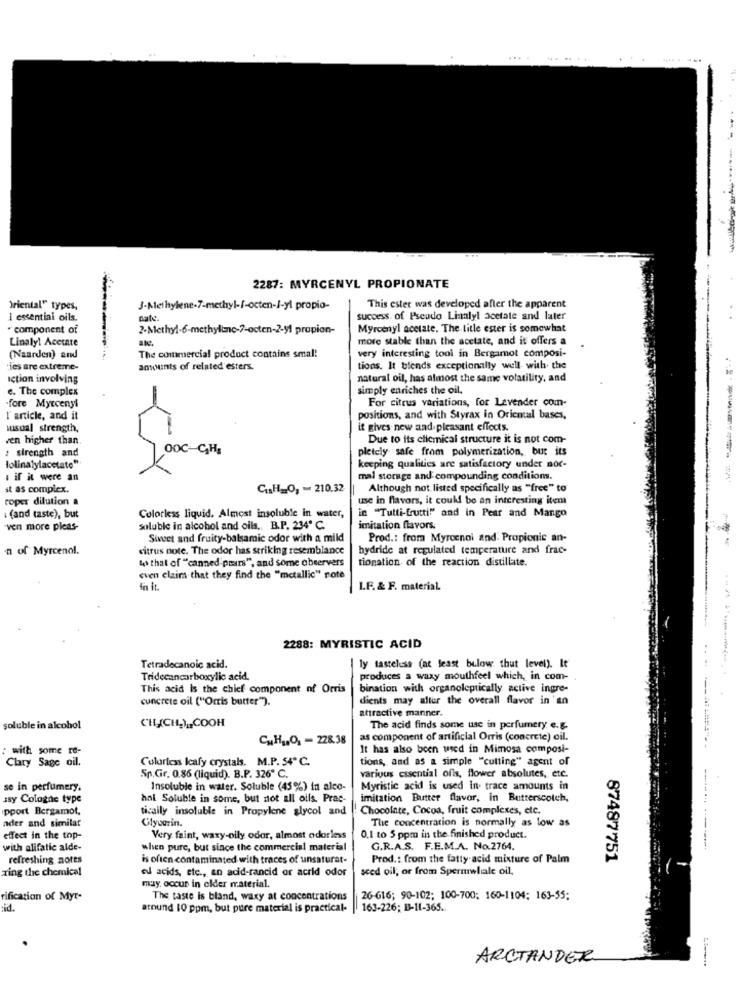
2287: MYRCENYL PROPIONATE
Oriental" types,
3-Methylene-7-methyl-/-octen-I-yl propio-
This ester was developed after the apparent
I essential oils.
sate.
success of Pseudo Linalyl acetate and later
· component of
2-Methyl-6-methylinc-7-octen-2-y1 propion-
Myrcenyl acetate. The title ester is somewhat
Linaly! Aceite
more stable than the acetate, and it offers a
(Naarden) and
...
The commercial product contains smal!
very interesting tool in Bergamot composi-
les are extreme-
amounts of related esters.
tions. It blends exceptionally well with the
Iction involving
natural oil, has almost the same volatility, and
e. The complex
simply enriches the oil.
For citrus variations, for Levender com-
fore Myecenyl
I article, and it
positions, and with Styrax in Oriental bases,
wusual strength,
it gives new and pleasant effects.
ven higher than
Due to its clicmical structure it is not com-
: strength and
00C-CH,
pletely safe from polymerization, but its
lolinalylacetate"
keeping qualities are satisfactory under nor-
I if it were an
mal storage and compounding conditions.
st as complex.
C.H_O, - 210.32
Although not listed specifically as "free" to
roper dilution a
use in flavors, it could be an interesting item
in "Tutti-frutti"" and in Pear and Mango
i (and taste), but
Colorless liquid. Almost insoluble in water,
ven more pleas-
Soluble in alcohol and oils. B.P. 234º C.
imitation flavors.
Sivet and fruity-balsamic odor with a mild
Prod .: from Myrccnoi and: Propionic an-
n of Myrcenol.
citrus note. The odor has striking resemblance
hydride at regulated temperature and frac-
ts that of "canned pears", and some abeervers
tionation of the reaction distillate.
sven claims that they find the "metallic" rote
in it.
I.F. & F. material
2288: MYRISTIC ACID
Tetradecanoic acid.
ly tasteless (at least below thut level). It
Tridecancarboxylic acid.
produces a waxy mouthfeel which, in com-
This acid Is the chief component of Orris
bination with organoleptically active ingre-
concrete oil ("Orris butter").
dients may aller the overall flavor in 'an
attractive manner.
soluble in alcohol
CHICH2),COOH
The acid finds some use in perfumery e.g.
CuHIJO, - 228.38
as component of artificial Orris (concrete) oil.
It has also been used in Mimosa composi-
: with some re-
Clary Sage oil.
Culartess Icafy crystals. M.P. 54º C.
tions, and as a simple "cutting" agent of
various essential oils, flower absolutes, etc.
Sp.Gir. 0.86 (liquid). B.P. 326º C.
se in perfumery.
Insoluble in water. Soluble (45%) in alco-
Myristic acid is used in trace amounts in
asy Cologne type
hal Soluble in some, but not all oils. Prac-
imitation Butter flavor, In Butterscotch,
pport Bergamot,
tically insoluble in Propylene glycol and
Chocolate, Cocoa, fruit complexes, etc.
nder and similar
Glycerin.
The concentration is normally as low as
effect in the top
Very faint, waxy-oily odor, almost odorless
0.1 to 5 ppm in the finished product.
with alifatic alde-
when pure, but since the commercial material
G.R.A.S. F.E.M.A. No.2764.
refreshing notes
is often contaminated with traces of unsaturat-
Prod .: from the fatty acid mixture of Palm
87487751
ring the chemical
ed acids, etc ., an add-rancid or acrid odor
seed oil, or from Spermwhale oil,
may occur in older material.
rification of Myr-
The taste is bland, waxy at concentrations
26-616; 90-102; 100-700: 160-1104; 163-55;
sid.
around 10 ppm, but pure material is practical-
163-226; B-11-365 ..
ARCTANDER